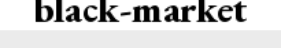
black-market